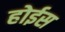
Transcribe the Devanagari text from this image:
होईस